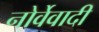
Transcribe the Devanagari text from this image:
नोर्वेवादी